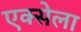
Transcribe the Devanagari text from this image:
एक्सेला